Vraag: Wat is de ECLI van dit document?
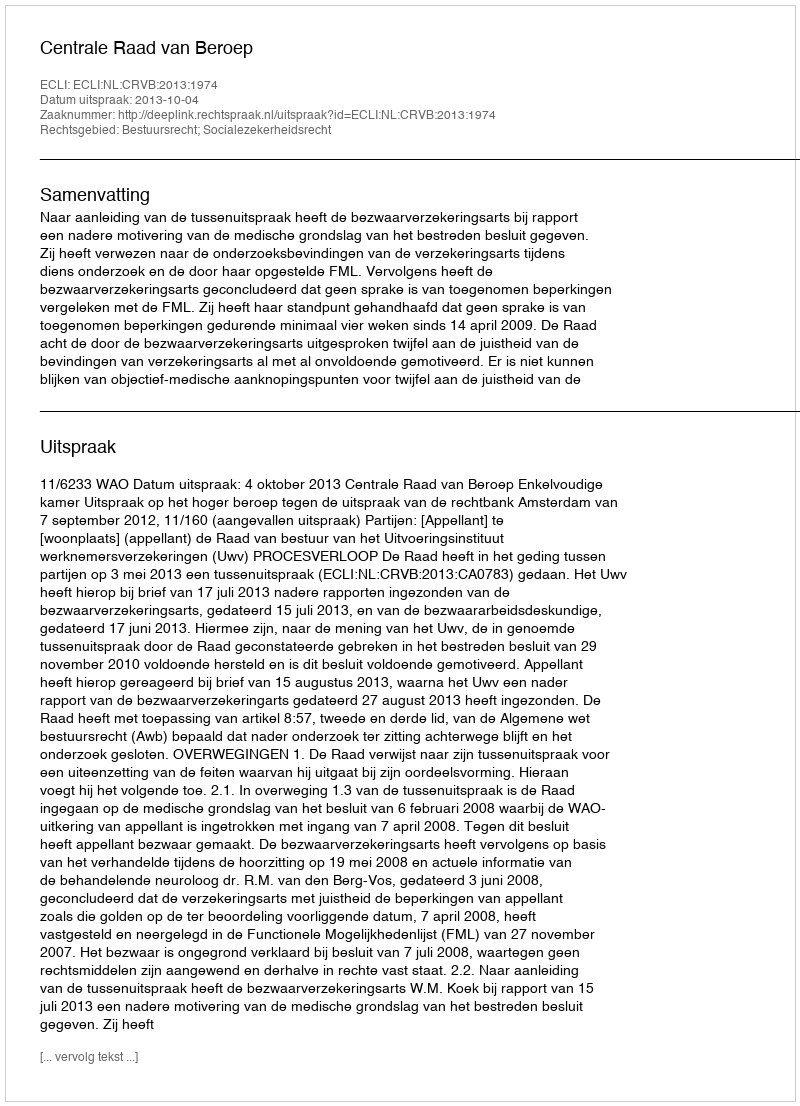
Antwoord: ECLI:NL:CRVB:2013:1974